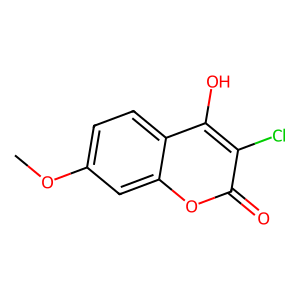
SMILES: COc1ccc2c(O)c(Cl)c(=O)oc2c1
Inhibits HIV replication: No